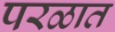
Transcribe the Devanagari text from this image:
परळात